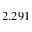
2 . 2 9 1